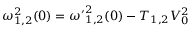
\omega _ { 1 , 2 } ^ { 2 } ( 0 ) = { \omega ^ { \prime } } _ { 1 , 2 } ^ { 2 } ( 0 ) - T _ { 1 , 2 } V _ { 0 } ^ { 2 }